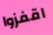
اقفزوا